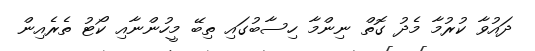
ދައުވާ ކުރުމާ މެދު ގޮތް ނިންމާ ހިސާބުގައި ތިބޭ މީހުންނާއި ކޯޓު ތެރެއިން